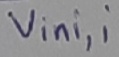
Text: Vini,i